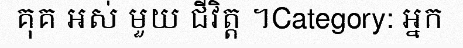
គុគ អស់ មួយ ជីវិត្ត ។Category: អ្នក